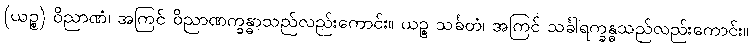
(ယဉ္စ) ဝိညာဏံ၊ အကြင် ဝိညာဏက္ခန္ဓာသည်လည်းကောင်း။ ယဉ္စ သင်္ခတံ၊ အကြင် သင်္ခါရက္ခန္ဓသည်လည်းကောင်း။